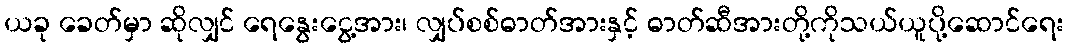
ယခု ခေတ်မှာ ဆိုလျှင် ရေနွေးငွေ့အား၊ လျှပ်စစ်ဓာတ်အားနှင့် ဓာတ်ဆီအားတို့ကိုသယ်ယူပို့ဆောင်ရေး